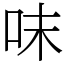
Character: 𠰌